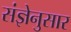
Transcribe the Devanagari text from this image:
संज्ञेनुसार